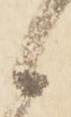
候